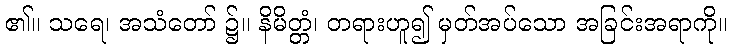
၏။ သရေ၊ အသံတော် ၌။ နိမိတ္တံ၊ တရားဟူ၍ မှတ်အပ်သော အခြင်းအရာကို။